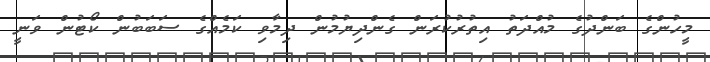
މީހުންގެ ބަންދުގެ މުއްދަތު އިތުރުކުރަން ގެންދިޔުމުން ދިމާވި ކަމެއްގެ ސަބަބުން ކޯޓުން ވަނީ